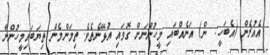
އެެއުރެން (އެބަހީ:  ން) އަނެއްބައި މީހުންނަށް ގޮވައި އުޅޭނެތެވެ. ތިމަންމެން ތިޔަބައިމީހުންނާ